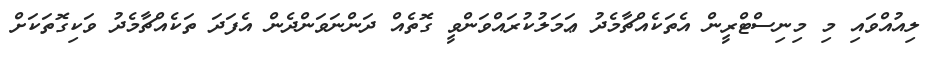
ލިއުއްވައި މި މިނިސްޓްރީން އެތަކެއްޗާމެދު ޢަމަލުކުރައްވަންވީ ގޮތެއް ދަންނަވަންދެން އެފަދަ ތަކެއްޗާމެދު ވަކިގޮތަކަށް